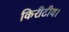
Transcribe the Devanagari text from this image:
किरीटीय।